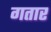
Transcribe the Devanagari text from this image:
गतार